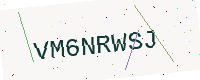
Text: VM6NRWSJ